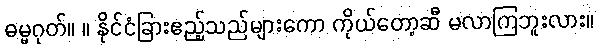
ဓမ္မဂုတ်။ ။ နိုင်ငံခြားဧည့်သည်များကော ကိုယ်တော့ဆီ မလာကြဘူးလား။